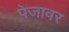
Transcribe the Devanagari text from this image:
पेजावर